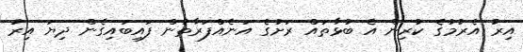
އިރު އެރުމުގެ ކުރިން އެ ބުޅާތައް ރަށުގެ އަނެއްފަރާތުން ފައިބައިގެން ދިޔަ އިރު